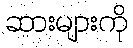
ဆားများကို